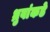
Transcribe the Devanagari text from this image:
ध्रुवांकडे